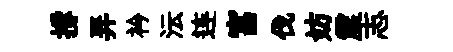
撐弄衿沄连富伐妨震志